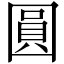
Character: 圓